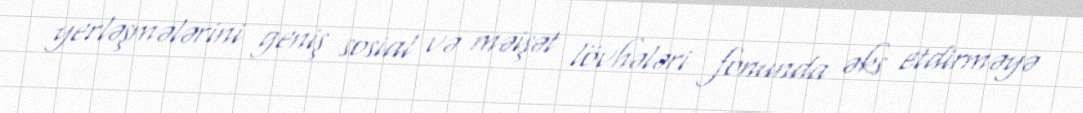
yerləşmələrini geniş sosial və məişət lövhələri fonunda əks etdirməyə